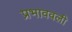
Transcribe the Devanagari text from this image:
प्रभाववली